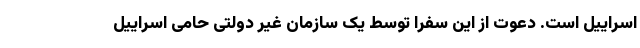
اسراییل است. دعوت از این سفرا توسط یک سازمان غیر دولتی حامی اسراییل